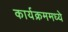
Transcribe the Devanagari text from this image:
कार्यक्रममध्ये